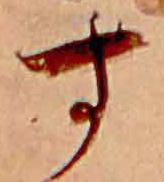
す